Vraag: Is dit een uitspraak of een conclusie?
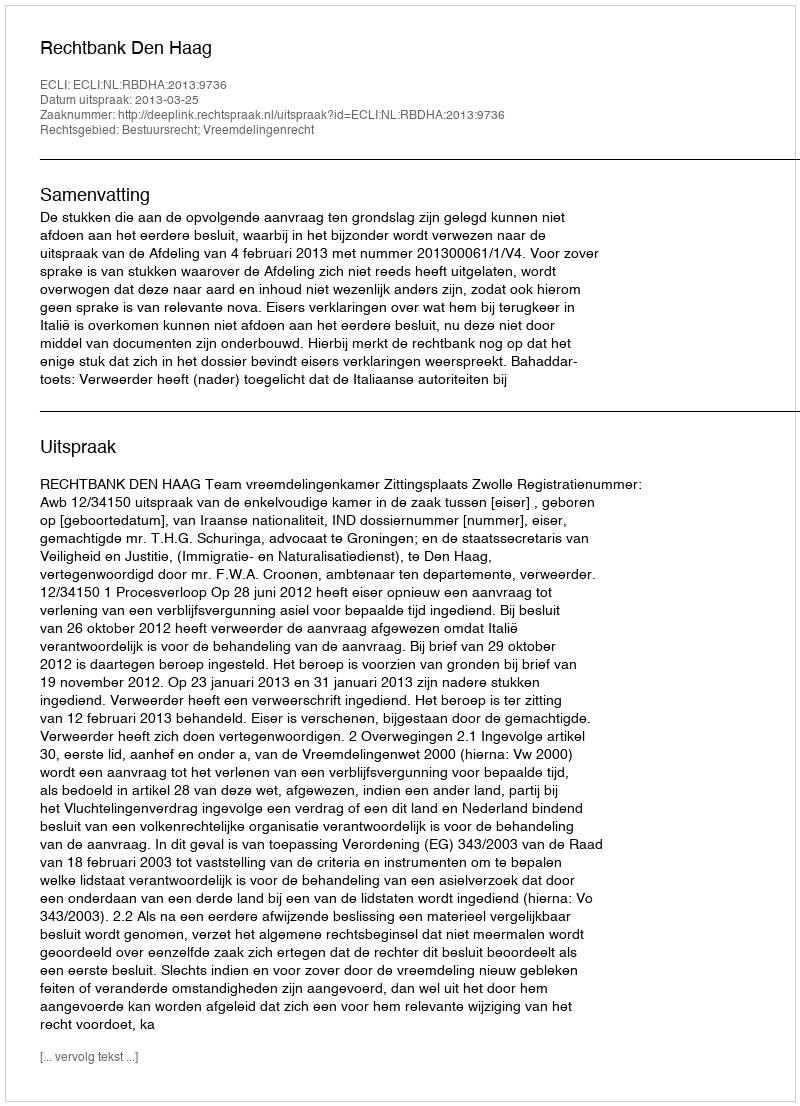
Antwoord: Uitspraak